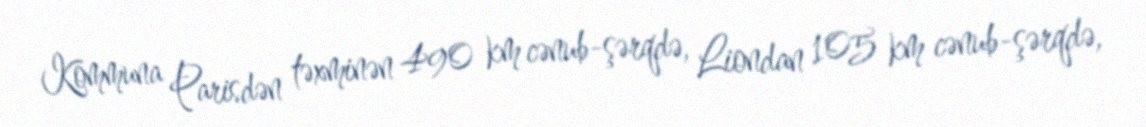
Kommuna Parisdən təxminən 490 km cənub-şərqdə, Liondan 105 km cənub-şərqdə,